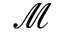
\mathcal { M }